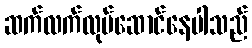
ဆက်လက်လုပ်ဆောင်နေပါသည်